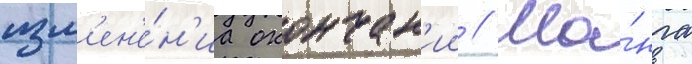
изм'ен'е́н'иа окончан'ии // Ма́нга